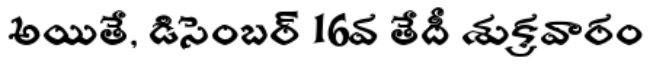
అయితే, డిసెంబర్ 16వ తేదీ శుక్రవారం